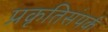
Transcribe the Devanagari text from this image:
प्रकृतिसंपर्क